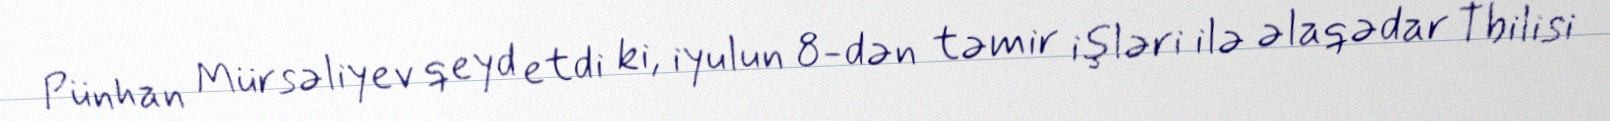
Pünhan Mürsəliyev qeyd etdi ki, iyulun 8-dən təmir işləri ilə əlaqədar Tbilisi